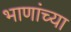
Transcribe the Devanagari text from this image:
भाणांच्या